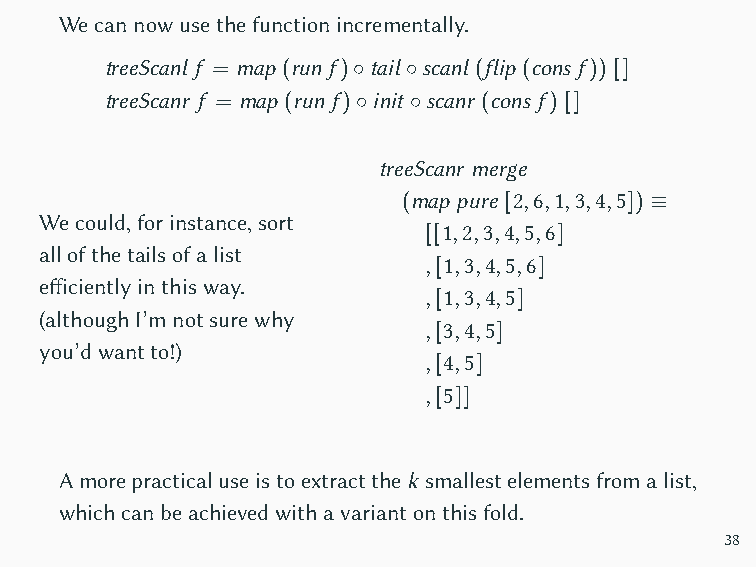
Wecannowusethefunctionincrementally.
 treeScanl f = map (run f)◦tail◦scanl (flip (cons f)) []
 treeScanr f = map (run f)◦init ◦scanr (cons f) []
 treeScanr merge
 (map pure [2,6,1,3,4,5]) ≡
 Wecould,forinstance,sort
 [[1,2,3,4,5,6]
 allofthetailsofalist
 ,[1,3,4,5,6]
 efficientlyinthisway.
 ,[1,3,4,5]
 (althoughI’mnotsurewhy
 ,[3,4,5]
 you’dwantto!)
 ,[4,5]
 ,[5]]
 Amorepracticaluseistoextractthek smallestelementsfromalist,
 whichcanbeachievedwithavariantonthisfold.
 38